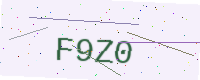
Text: F9Z0